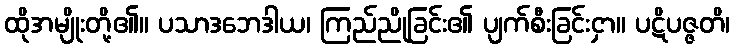
ထိုအမျိုးတို့၏။ ပသာဒဘေဒါယ၊ ကြည်ညိုခြင်း၏ ပျက်စီးခြင်းငှာ။ ပဋိပဇ္ဇတိ၊